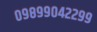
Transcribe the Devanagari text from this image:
०९८९९०४२२९९